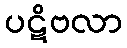
ပဋိဗလာ